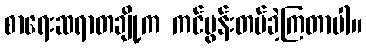
စာရေးဆရာတချို့က ကင်ပွန်းတပ်ခဲ့ကြတာပါ။